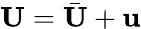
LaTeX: \mathbf{U}=\bar{\mathbf{U}}+\mathbf{u}